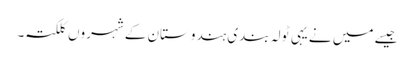
جیسے میں نے یہی ٹولہ بندی ہندوستان کے شہروں کلکتہ۔